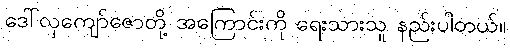
ဒေါ်လှကျော်ဇောတို့ အကြောင်းကို ရေးသားသူ နည်းပါတယ်။